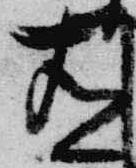
有